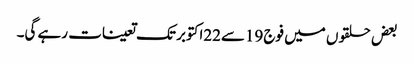
بعض حلقوں میں فوج 19سے22اکتوبر تک تعینات رہے گی۔